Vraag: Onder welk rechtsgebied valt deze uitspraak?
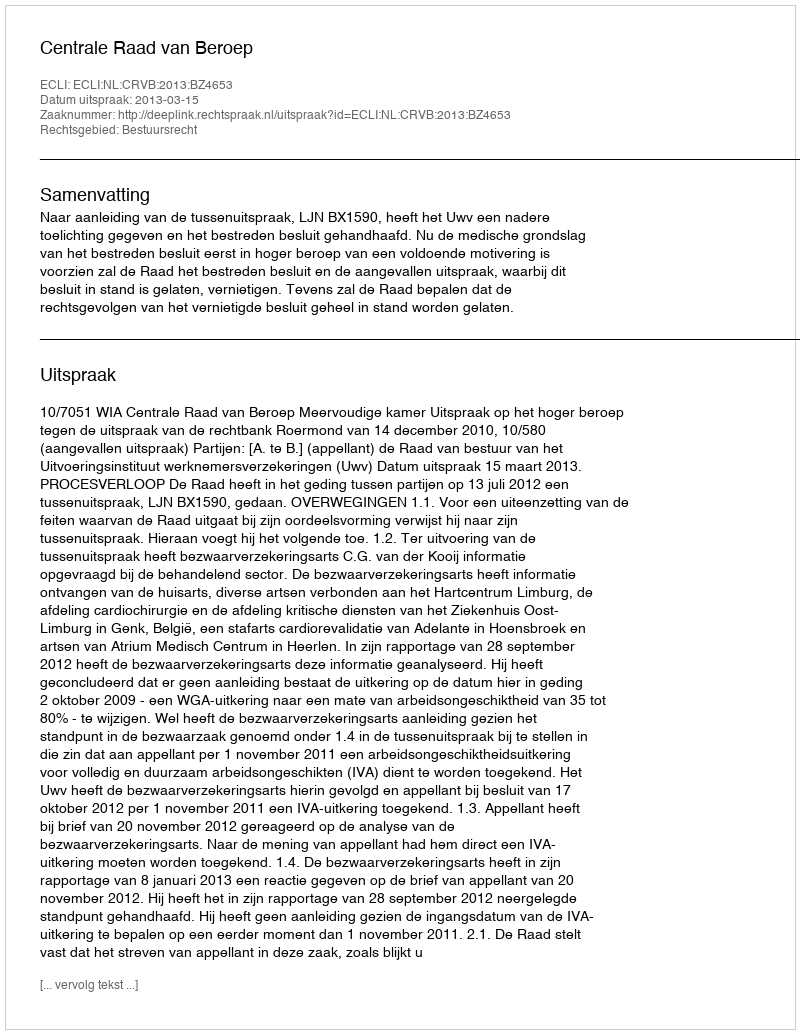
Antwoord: Bestuursrecht